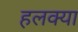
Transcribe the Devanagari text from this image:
हलक्‍या